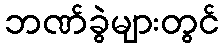
ဘဏ်ခွဲများတွင်